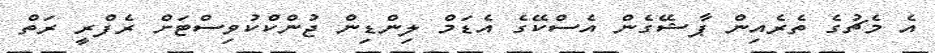
އެ މެޗުގެ ތެރެއިން ޕާޝޭގެން އެސްކޭގެ އެޑަމް ލިންޑިން ޖުންކްކުވިސްޓަށް ރެފްރީ ރަތް